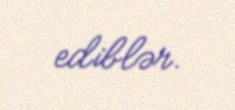
ediblər.